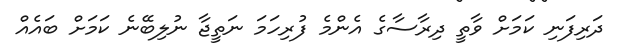
ދަރިފަނި ކަމަށް ވާތީ ދިރާސާގެ އެންމެ ފުރިހަމަ ނަތީޖާ ނުލިބޭނެ ކަމަށް ބައެއް